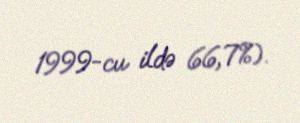
1999-cu ildə 66,7%).